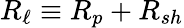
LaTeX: R_{\ell}\equiv R_{p}+R_{sh}